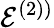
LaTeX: \mathcal{E}^{(2))}